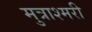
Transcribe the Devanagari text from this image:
मुत्राश्मरी